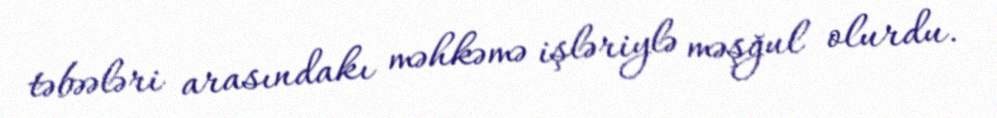
təbəələri arasındakı məhkəmə işləriylə məşğul olurdu.